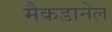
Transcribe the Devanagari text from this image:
मैकडानेल